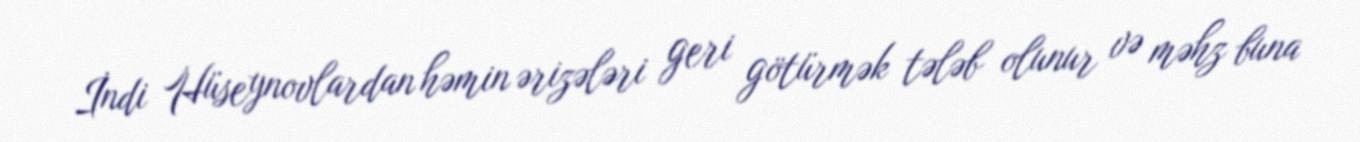
İndi Hüseynovlardan həmin ərizələri geri götürmək tələb olunur və məhz buna